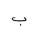
Letter: _ba